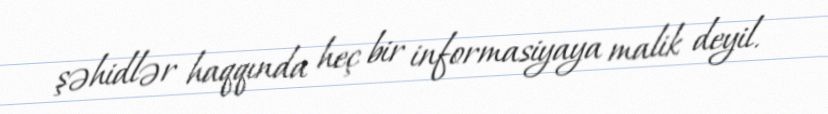
şəhidlər haqqında heç bir informasiyaya malik deyil.